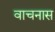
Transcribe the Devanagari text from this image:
वाचनास